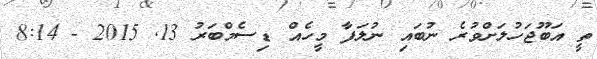
ތީ އަބޫޖަހުލަށްވުރެ ނުބައި ނުލަފާ މީހެއް ޑިސެމްބަރު 13